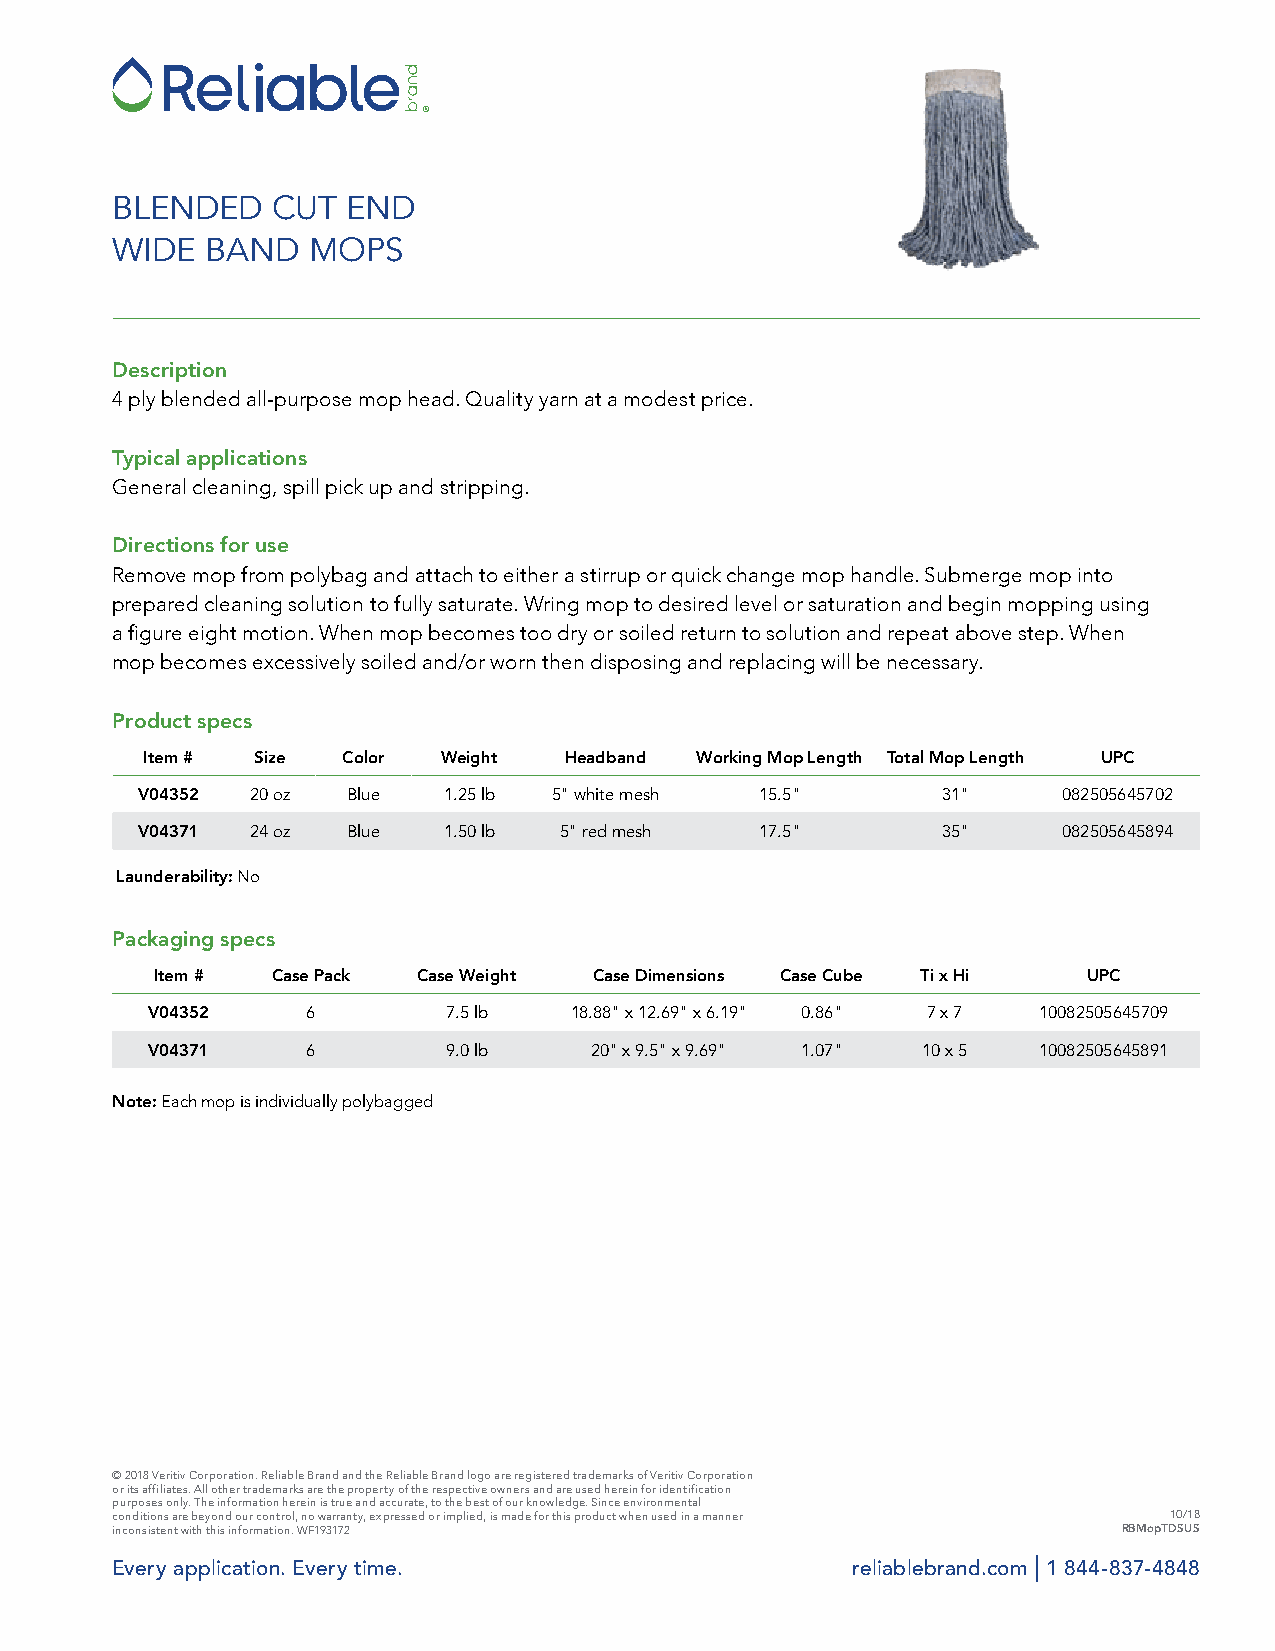
BLENDED    CUT  END
 WIDE   BAND  MOPS
 Description
 4 ply blended all-purpose mop head. Quality yarn at a modest price.
 Typical applications
 General cleaning, spill pick up and stripping.
 Directions for use
 Remove mop from polybag and attach to either a stirrup or quick change mop handle. Submerge mop into
 prepared cleaning solution to fully saturate. Wring mop to desired level or saturation and begin mopping using
 a figure eight motion. When mop becomes too dry or soiled return to solution and repeat above step. When
 mop becomes excessively soiled and/or worn then disposing and replacing will be necessary.
 Product specs
 Item #  Size  Color Weight  Headband Working Mop Length Total Mop Length UPC
 V04352  20 oz Blue  1.25 lb 5" white mesh 15.5"      31"     082505645702
 V04371  24 oz Blue  1.50 lb 5" red mesh  17.5"       35"     082505645894
 Launderability: No
 Packaging specs
 Item #  Case Pack Case Weight Case Dimensions Case Cube Ti x Hi UPC
 V04352    6         7.5 lb  18.88" x 12.69" x 6.19" 0.86" 7 x 7 10082505645709
 V04371    6         9.0 lb   20" x 9.5" x 9.69" 1.07" 10 x 5 10082505645891
 Note: Each mop is individually polybagged
 © 2018 Veritiv Corporation. Reliable Brand and the Reliable Brand logo are registered trademarks of Veritiv Corporation
 or its affiliates. All other trademarks are the property of the respective owners and are used herein for identification
 purposes only. The information herein is true and accurate, to the best of our knowledge. Since environmental
 conditions are beyond our control, no warranty, expressed or implied, is made for this product when used in a manner 10/18
 inconsistent with this information. WF193172                       RBMopTDSUS
 |
 Every application. Every time.                   reliablebrand.com 1 844-837-4848